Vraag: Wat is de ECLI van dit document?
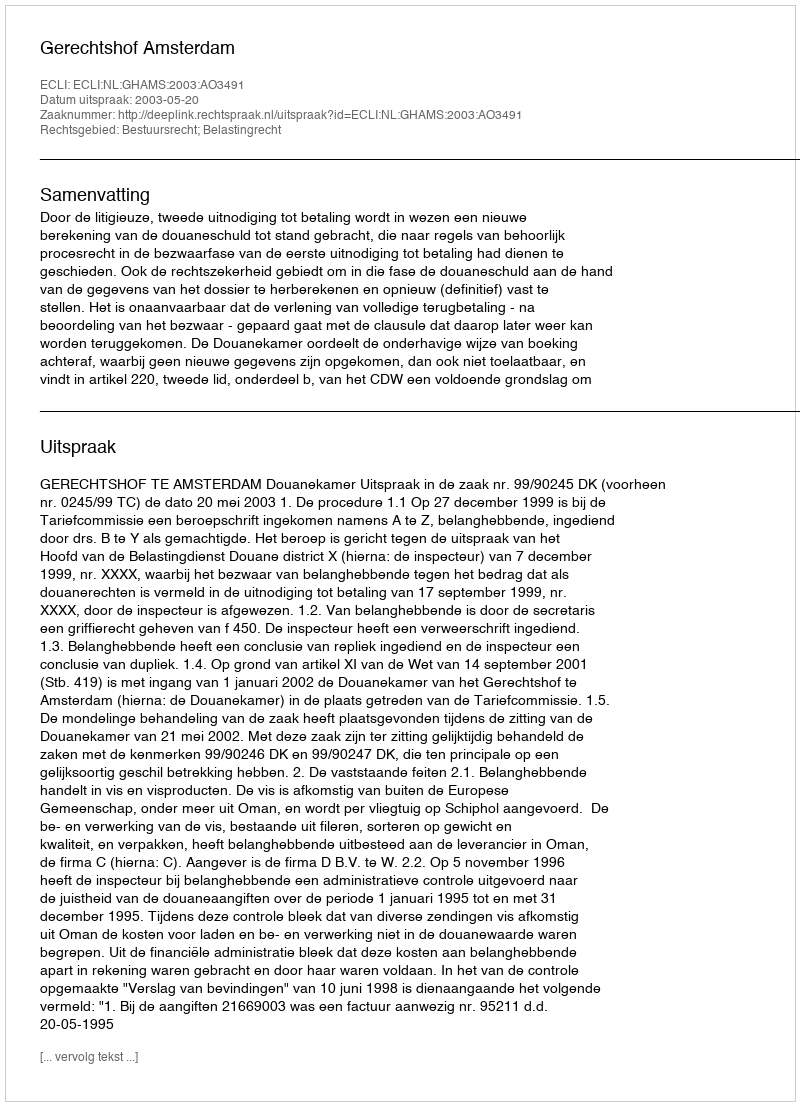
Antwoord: ECLI:NL:GHAMS:2003:AO3491